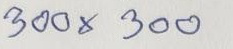
300 x 300